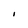
Character: I